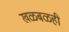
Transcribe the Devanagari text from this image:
खळबळही